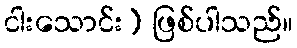
ငါးသောင်း) ဖြစ်ပါသည်။